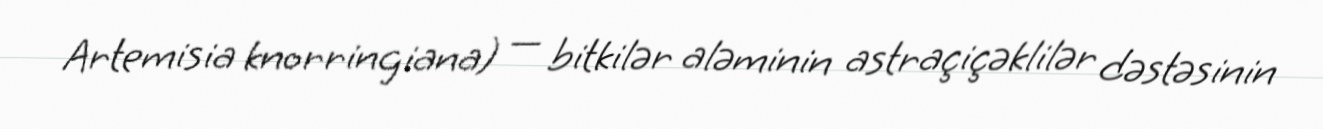
Artemisia knorringiana) — bitkilər aləminin astraçiçəklilər dəstəsinin